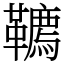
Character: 韀